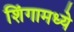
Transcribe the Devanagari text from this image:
शिंगामध्ये